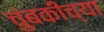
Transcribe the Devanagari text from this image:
चुंबकीच्या